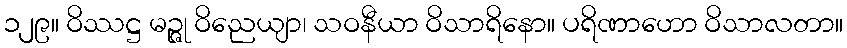
၁၂၉။ ဝိဿဋ္ဌ မဉ္ဇု ဝိညေယျာ၊ သဝနီယာ ဝိသာရိနော။ ပရိဏာဟော ဝိသာလတာ။